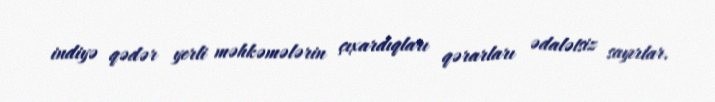
indiyə qədər yerli məhkəmələrin çıxardıqları qərarları ədalətsiz sayırlar.